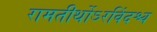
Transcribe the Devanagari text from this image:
रामतीर्थोऽरविंदश्च